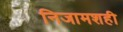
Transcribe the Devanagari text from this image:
निजामशही